Medical and sanitary report of the native army of Madras for the year
Year: 1876
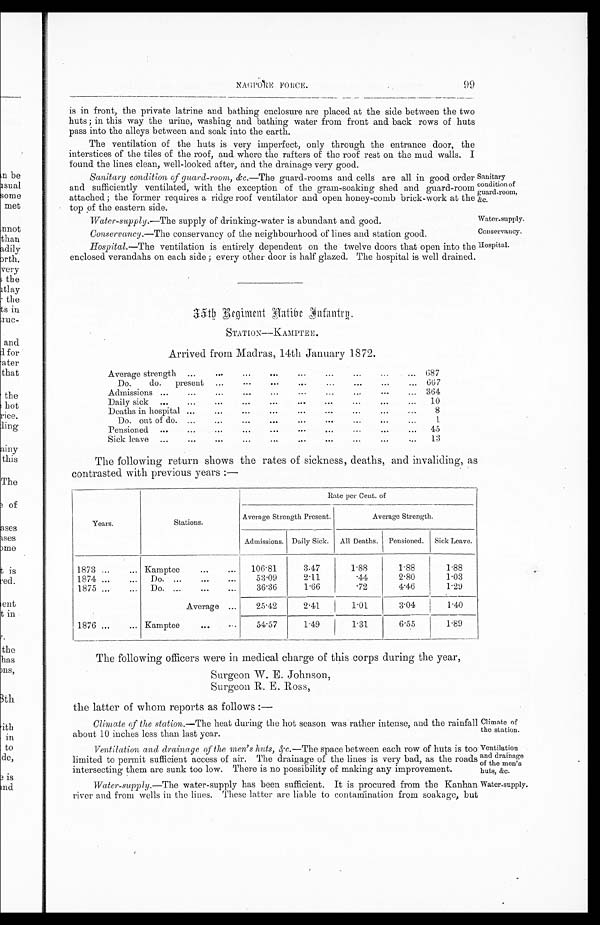
Sanitary
condition of
guard-room,
&c.
Water-supply.
Conservancy.
Hospital.
NAGPORE FORCE.
99
is in front, the private latrine and bathing enclosure are placed at the side between the two
huts; in this way the urine, washing and bathing water from front and back rows of huts
pass into the alleys between and soak into the earth.
The ventilation of the huts is very imperfect, only through the entrance door, the
interstices of the tiles of the roof, and where the rafters of the roof rest on the mud walls. I
found the lines clean, well-looked after, and the drainage very good.
Sanitary condition of guard-room, & c.—The guard-rooms and cells are all in good order
and sufficiently ventilated, with the exception of the gram-soaking shed and guard-room
attached; the former requires a ridge roof ventilator and open honey-comb brick-work at the
top of the eastern side.
Water-supply.—The supply of drinking-water is abundant and good.
Conservancy.—The conservancy of the neighbourhood of lines and station good.
Hospital. —The ventilation is entirely dependent on the twelve doors that open into the
enclosed verandahs on each side; every other door is half glazed. The hospital is well drained.
3 5 t h R e g i m e n t N a t i v e I n f a n t r y .
STATION—KAMPTEE.
Arrived from Madras, 14th January 1872.
Average strength ...
,..
...
.
...
...
...
...
... 687
D o .
do.
present
...
...
...
...
...
... 667
Admissions ...
...
...
...
...
..,
... 364
Daily sick
...
••
...
...
...
...
10
Deaths in hospital ...
...
...
...
..
...
...
8
Do. ont of do.
...
...
...
...
,.
...
1
Pensioned
...
...
...
...
...
...
...
.•..
...
...
45
Sick leave...
•••
...
..,
•
...
...
. . . 1 3
The following return shows the rates of sickness, deaths, and invaliding, as
contrasted with previous years:—
Years.
Stations.
Rate per Cent. of
Average Strength Present.
Average Strength.
Admissions. Daily Sick. All Deaths. Pensioned. Sick Leave.
1873 ...
... Kamptee
...
...
106·81
3·47
1·88
1·88
1·88
1874 ...
...
Do. ...
...
...
53·09
2·11
·44
2·80
1·03
1875 ...
...
Do. ...
...
...
36·36
1·66
·72
4·46
1·29
Average ...
25.42
2·41
1.01
3·04
1·40
1876 ...
... Kamptee
..
54·57
1·40
1.31
6·55
1·89
The following officers were in medical charge of this corps during the year,
Surgeon W. E. Johnson,
Surgeon R. E. Ross,
the latter of whom reports as follows:—
Climate of the station.— The heat during the hot season was rather intense, and the rainfall
about 10 inches less than last year.
Ventilation and drainage of the men's huts, &c.—The space between each row of huts is too
limited to permit sufficient access of air. The drainage of the lines is very bad, as the roads
intersecting them are sunk too low. There is no possibility of making any improvement.
Water-supply.—The water-supply has been sufficient. It is procured from the Kanhan.
river and from wells in the lines. These latter are liable to contamination from soakage, but
limate of
the station.
Ventilation
and drainage
of the men's
huts, &c.
Water-supply.